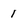
Character: 1